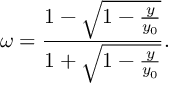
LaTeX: \omega = \frac { 1 - \sqrt { 1 - \frac { y } { y _ { 0 } } } } { 1 + \sqrt { 1 - \frac { y } { y _ { 0 } } } } .